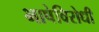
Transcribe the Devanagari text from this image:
भाषेविरोधी